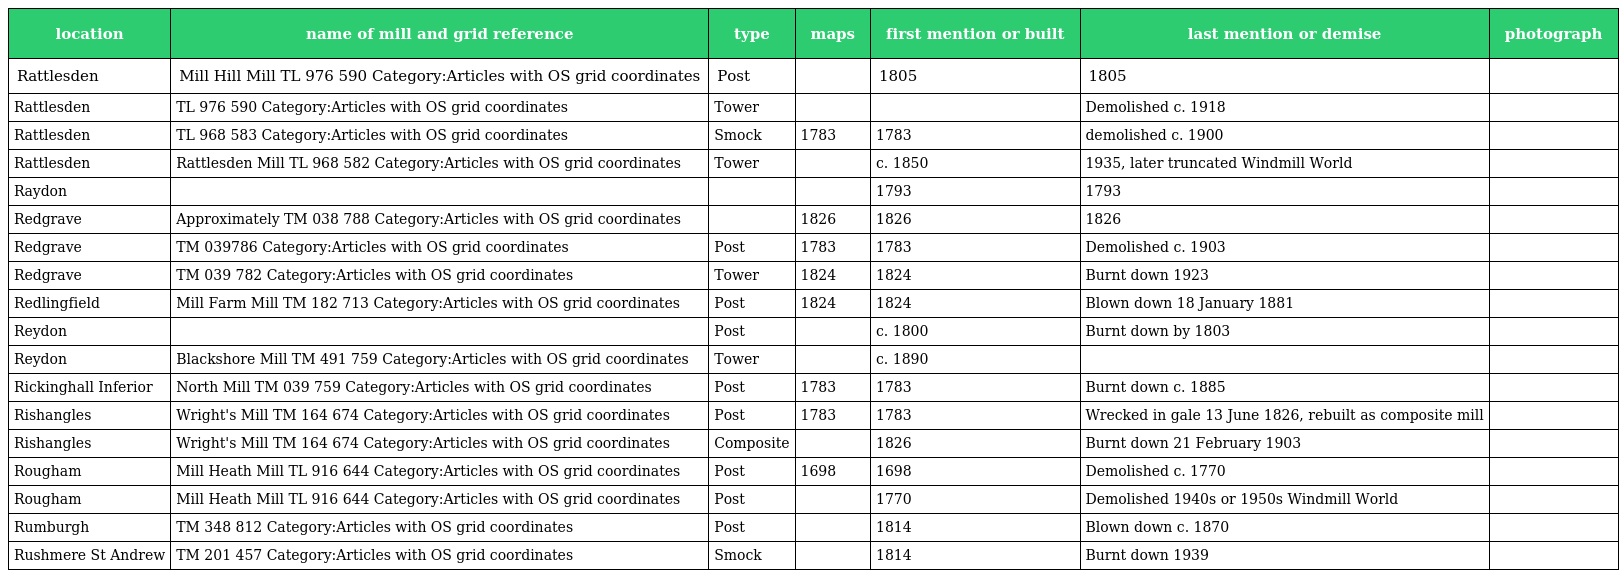
| location | name of mill and grid reference | type | maps | first mention or built | last mention or demise | photograph |
 | --- | --- | --- | --- | --- | --- | --- |
 | Rattlesden | Mill Hill Mill TL 976 590 Category:Articles with OS grid coordinates | Post |  | 1805 | 1805 |  |
 | Rattlesden | TL 976 590 Category:Articles with OS grid coordinates | Tower |  |  | Demolished c. 1918 |  |
 | Rattlesden | TL 968 583 Category:Articles with OS grid coordinates | Smock | 1783 | 1783 | demolished c. 1900 |  |
 | Rattlesden | Rattlesden Mill TL 968 582 Category:Articles with OS grid coordinates | Tower |  | c. 1850 | 1935, later truncated Windmill World |  |
 | Raydon |  |  |  | 1793 | 1793 |  |
 | Redgrave | Approximately TM 038 788 Category:Articles with OS grid coordinates |  | 1826 | 1826 | 1826 |  |
 | Redgrave | TM 039786 Category:Articles with OS grid coordinates | Post | 1783 | 1783 | Demolished c. 1903 |  |
 | Redgrave | TM 039 782 Category:Articles with OS grid coordinates | Tower | 1824 | 1824 | Burnt down 1923 |  |
 | Redlingfield | Mill Farm Mill TM 182 713 Category:Articles with OS grid coordinates | Post | 1824 | 1824 | Blown down 18 January 1881 |  |
 | Reydon |  | Post |  | c. 1800 | Burnt down by 1803 |  |
 | Reydon | Blackshore Mill TM 491 759 Category:Articles with OS grid coordinates | Tower |  | c. 1890 |  |  |
 | Rickinghall Inferior | North Mill TM 039 759 Category:Articles with OS grid coordinates | Post | 1783 | 1783 | Burnt down c. 1885 |  |
 | Rishangles | Wright's Mill TM 164 674 Category:Articles with OS grid coordinates | Post | 1783 | 1783 | Wrecked in gale 13 June 1826, rebuilt as composite mill |  |
 | Rishangles | Wright's Mill TM 164 674 Category:Articles with OS grid coordinates | Composite |  | 1826 | Burnt down 21 February 1903 |  |
 | Rougham | Mill Heath Mill TL 916 644 Category:Articles with OS grid coordinates | Post | 1698 | 1698 | Demolished c. 1770 |  |
 | Rougham | Mill Heath Mill TL 916 644 Category:Articles with OS grid coordinates | Post |  | 1770 | Demolished 1940s or 1950s Windmill World |  |
 | Rumburgh | TM 348 812 Category:Articles with OS grid coordinates | Post |  | 1814 | Blown down c. 1870 |  |
 | Rushmere St Andrew | TM 201 457 Category:Articles with OS grid coordinates | Smock |  | 1814 | Burnt down 1939 |  |